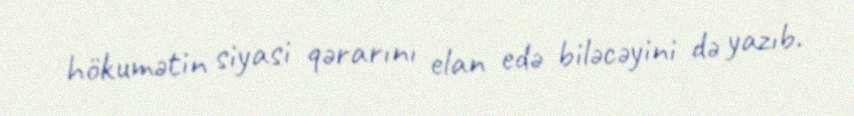
hökumətin siyasi qərarını elan edə biləcəyini də yazıb.